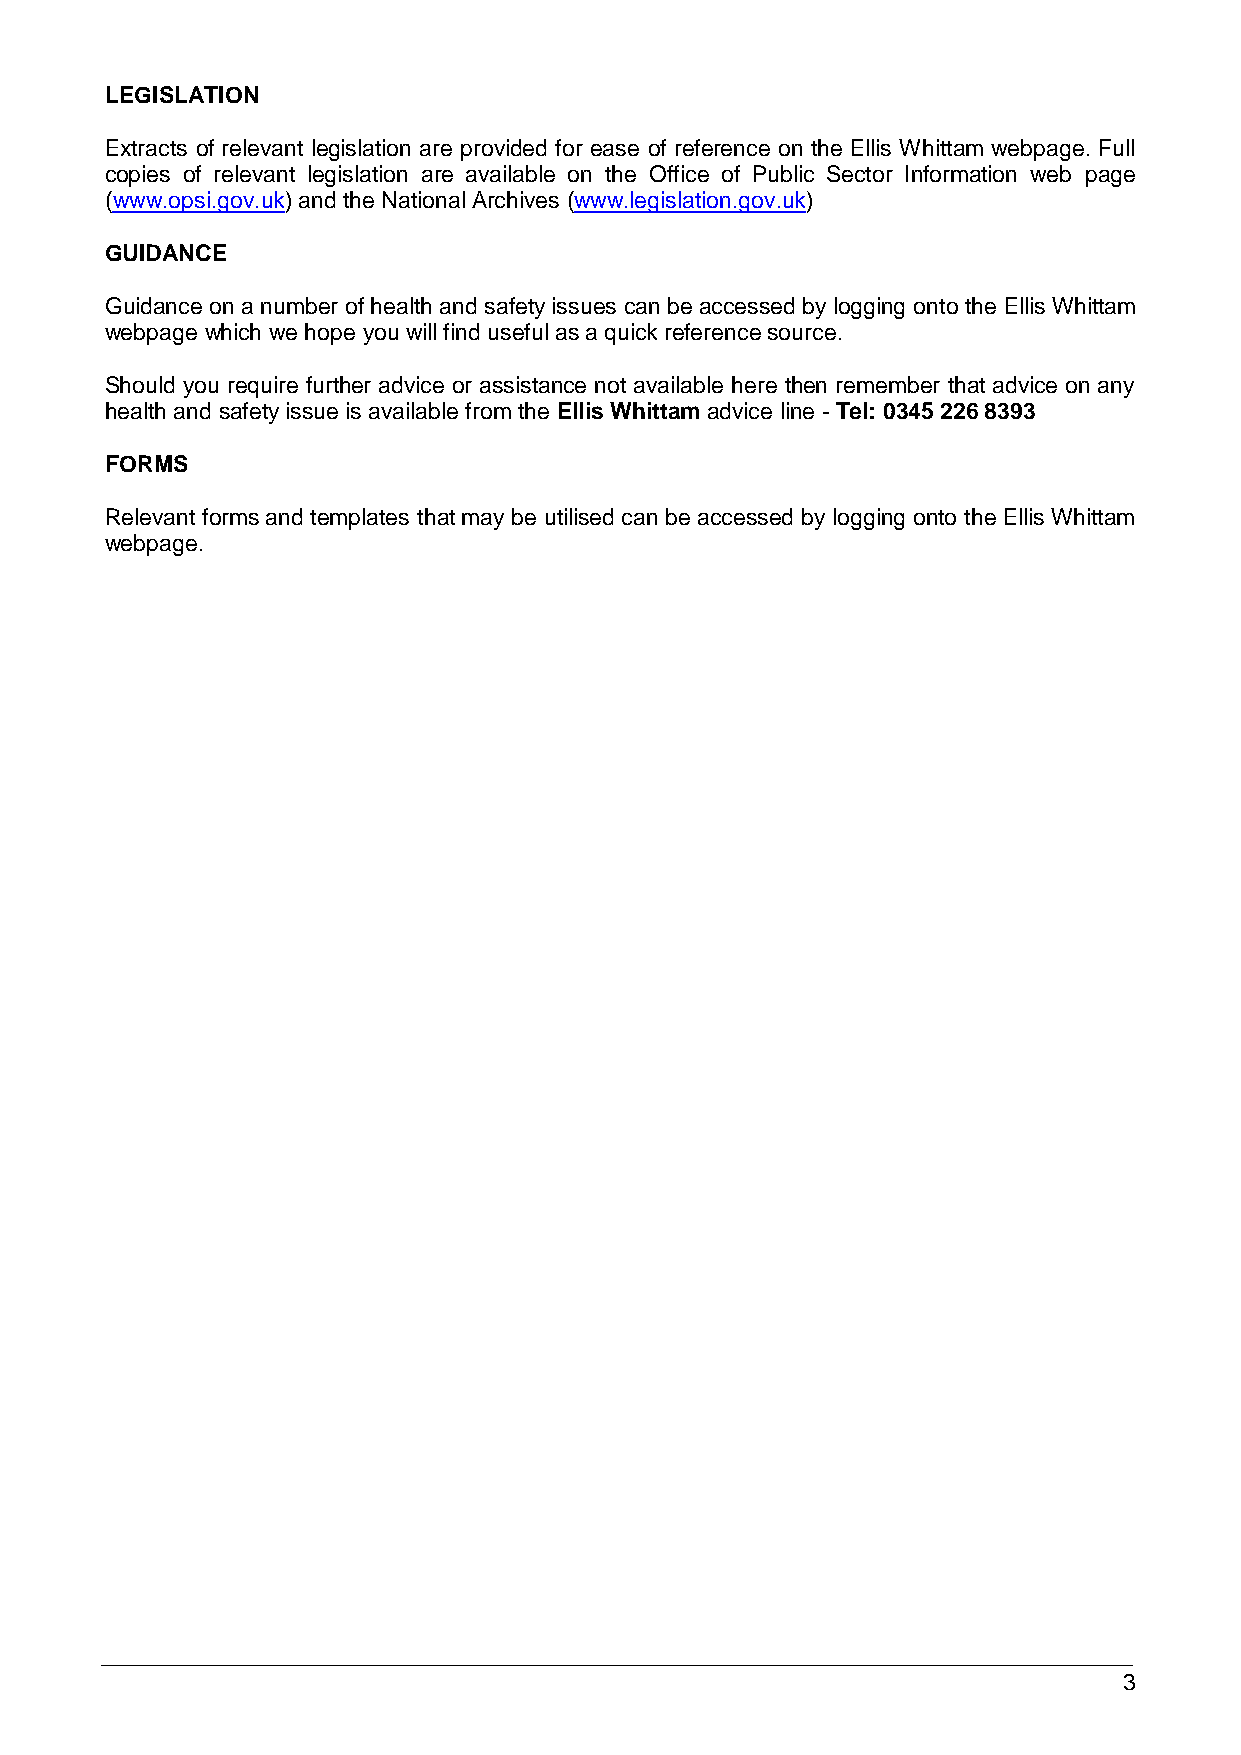
LEGISLATION
 Extracts of relevant legislation are provided for ease of reference on the Ellis Whittam webpage. Full
 copies of relevant legislation are available on the Office of Public Sector Information web page
 (www.opsi.gov.uk) and the National Archives (www.legislation.gov.uk)
 GUIDANCE
 Guidance on a number of health and safety issues can be accessed by logging onto the Ellis Whittam
 webpage which we hope you will find useful as a quick reference source.
 Should you require further advice or assistance not available here then remember that advice on any
 health and safety issue is available from the Ellis Whittam advice line - Tel: 0345 226 8393
 FORMS
 Relevant forms and templates that may be utilised can be accessed by logging onto the Ellis Whittam
 webpage.
 3